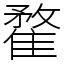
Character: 䨁